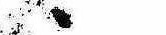
ゝ